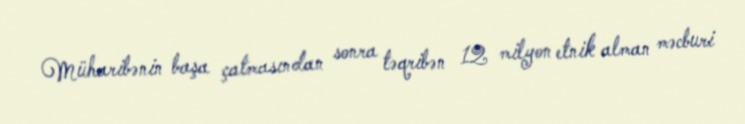
Müharibənin başa çatmasından sonra təqribən 12 milyon etnik alman məcburi